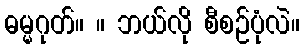
ဓမ္မဂုတ်။ ။ ဘယ်လို စီစဉ်ပုံလဲ။